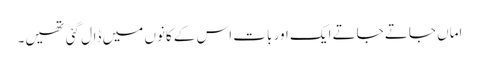
اماں جاتے جاتے ایک اور بات اس کے کانوں میں ڈال گئی تھیں۔